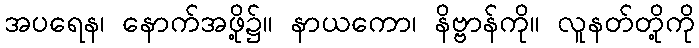
အပရေန၊ နောက်အဖို့၌။ နာယကော၊ နိဗ္ဗာန်ကို။ လူနတ်တို့ကို